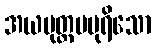
အယမုတ္တမပုရိသော